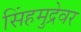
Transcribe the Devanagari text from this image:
सिंहमुद्रेवर